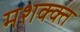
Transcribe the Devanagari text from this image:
मशक्क्त